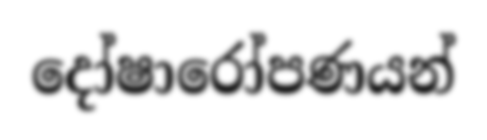
දෝෂාරෝපණයන්